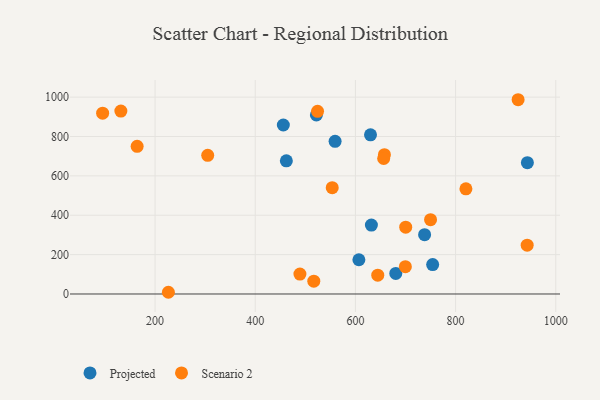
{"axis": {"x": "Study Hours", "y": "Salary"}, "legend": ["Projected", "Scenario 2"], "data": [{"x": "680.6", "y": 104.6, "type": "Projected"}, {"x": "738.1", "y": 301.3, "type": "Projected"}, {"x": "559.4", "y": 775.4, "type": "Projected"}, {"x": "462.1", "y": 676.5, "type": "Projected"}, {"x": "943.3", "y": 666.8, "type": "Projected"}, {"x": "456.1", "y": 858.5, "type": "Projected"}, {"x": "754.2", "y": 149.4, "type": "Projected"}, {"x": "630.1", "y": 808.5, "type": "Projected"}, {"x": "606.9", "y": 173.9, "type": "Projected"}, {"x": "522.1", "y": 909.6, "type": "Projected"}, {"x": "631.9", "y": 350.3, "type": "Projected"}, {"x": "516.9", "y": 65.2, "type": "Scenario 2"}, {"x": "657.9", "y": 707.7, "type": "Scenario 2"}, {"x": "226.6", "y": 8.7, "type": "Scenario 2"}, {"x": "131.7", "y": 929.2, "type": "Scenario 2"}, {"x": "924.8", "y": 986.8, "type": "Scenario 2"}, {"x": "820.6", "y": 534.2, "type": "Scenario 2"}, {"x": "656.4", "y": 688.2, "type": "Scenario 2"}, {"x": "553.7", "y": 539.8, "type": "Scenario 2"}, {"x": "699.7", "y": 138.5, "type": "Scenario 2"}, {"x": "644.6", "y": 95.5, "type": "Scenario 2"}, {"x": "489.2", "y": 100.9, "type": "Scenario 2"}, {"x": "164.2", "y": 749.9, "type": "Scenario 2"}, {"x": "95.3", "y": 918.6, "type": "Scenario 2"}, {"x": "942.9", "y": 248.0, "type": "Scenario 2"}, {"x": "524.4", "y": 928.0, "type": "Scenario 2"}, {"x": "305.1", "y": 704.3, "type": "Scenario 2"}, {"x": "700.4", "y": 339.2, "type": "Scenario 2"}, {"x": "750.0", "y": 377.3, "type": "Scenario 2"}]}